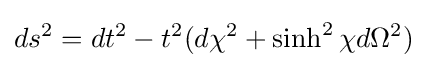
ds^{2}=dt^{2}-t^{2}(d\chi ^{2}+\sinh ^{2}{\chi }d\Omega ^{2})\